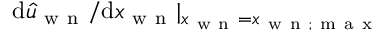
\mathrm { d } \hat { u } _ { \mathrm { ~ w ~ n ~ } } / \mathrm { d } x _ { \mathrm { ~ w ~ n ~ } } | _ { x _ { \mathrm { ~ w ~ n ~ } } = x _ { \mathrm { ~ w ~ n ~ } ; \mathrm { ~ m ~ a ~ x ~ } } }